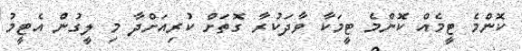
ކޮންމެ ޓީމެއް ކޮންމެ ޓީމަކާ ވާދަކުރާ ގޮތަށް ކުރިއަށްދާ މި ލީގުން އެޓީމު